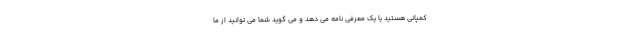
کمپانی هستید یا یک معرفی نامه می دهد و می گوید شما می توانید از ما